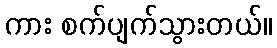
ကား စက်ပျက်သွားတယ်။